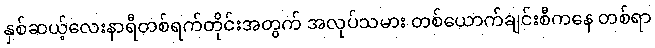
နှစ်ဆယ့်လေးနာရီတစ်ရက်တိုင်းအတွက် အလုပ်သမား တစ်ယောက်ချင်းစီကနေ တစ်ရာ